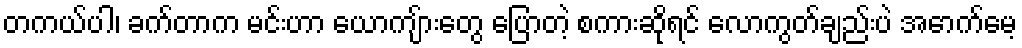
တကယ်ပါ၊ ခက်တာက မင်းဟာ ယောကျ်ားတွေ ပြောတဲ့ စကားဆိုရင် လောကွတ်ချည်းပဲ အောက်မေ့